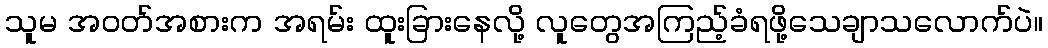
သူမ အဝတ်အစားက အရမ်း ထူးခြားနေလို့ လူတွေအကြည့်ခံရဖို့သေချာသလောက်ပဲ။